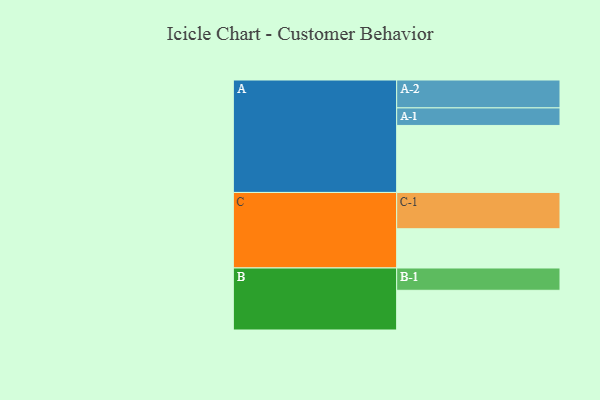
{"axis": {"x": "Segment", "y": "Value"}, "legend": ["", "A", "B", "C"], "data": [{"x": "A", "y": 550, "type": ""}, {"x": "B", "y": 326, "type": ""}, {"x": "C", "y": 322, "type": ""}, {"x": "A-1", "y": 144, "type": "A"}, {"x": "A-2", "y": 229, "type": "A"}, {"x": "B-1", "y": 183, "type": "B"}, {"x": "C-1", "y": 298, "type": "C"}]}